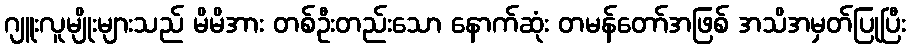
ဂျူးလူမျိုးများသည် မိမိအား တစ်ဦးတည်းသော နောက်ဆုံး တမန်တော်အဖြစ် အသိအမှတ်ပြုပြီး